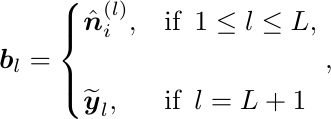
\begin{equation}
\boldsymbol{b}_l =
\begin{cases}
\hat{\boldsymbol{n}}_{i}^{(l)}, & \text{if} \,\,\, 1 \leq l \leq L,\\
\\
\widetilde{\boldsymbol{y}}_{l}, & \text{if} \,\,\, l = L + 1
\end{cases},
\nonumber
\end{equation}